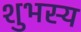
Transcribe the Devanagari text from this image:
शुभस्य